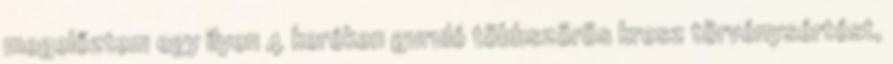
megelőztem egy ilyen 4 keréken guruló többszörös kresz törvénysértést,